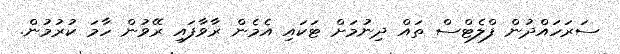
ސަރަހައްދުން ފްލެޓްސް ތައް ދިނުމަށް ޓަކައި އެމެން ރާވާފައި ރޭވުން ހާމަ ކުރުމުން.